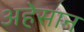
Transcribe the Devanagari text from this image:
अहेसान